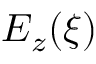
E _ { z } ( \xi )